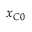
x _ { C 0 }